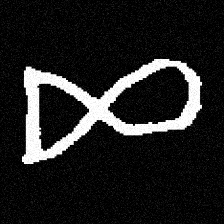
Pyu character \u2014 Myanmar letter: ဆ (romanized: cha)